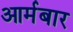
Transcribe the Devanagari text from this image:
आर्मबार